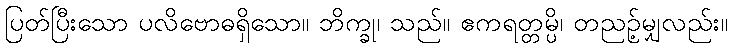
ပြတ်ပြီးသော ပလိဗောဓရှိသော။ ဘိက္ခု၊ သည်။ ဧကရတ္တမ္ပိ၊ တညဉ့်မျှလည်း။